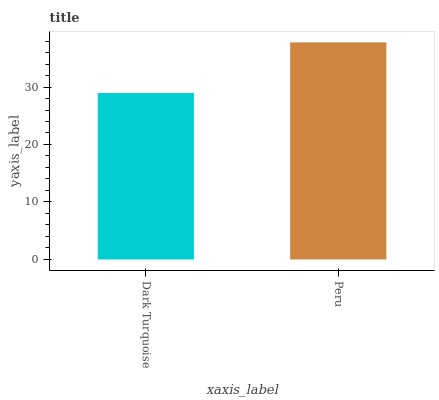
| xaxis_label | bars |
 | --- | --- |
 | Dark Turquoise | 28.9 |
 | Peru | 37.8 |